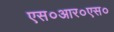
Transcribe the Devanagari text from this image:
एस०आर०एस०